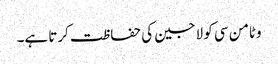
وٹامن سی کو لاجین کی حفاظت کرتا ہے۔